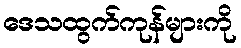
ဒေသထွက်ကုန်များကို